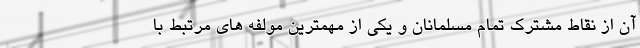
آن از نقاط مشترک تمام مسلمانان و یکی از مهمترین مولفه های مرتبط با